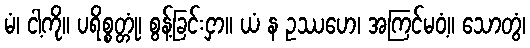
မံ၊ ငါ့ကို။ ပရိစ္စတ္တုံ၊ စွန့်ခြင်းငှာ။ ယံ န ဥဿဟေ၊ အကြင်မဝံ့။ သောတွံ၊